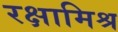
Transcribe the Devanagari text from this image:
रक्षामिश्र